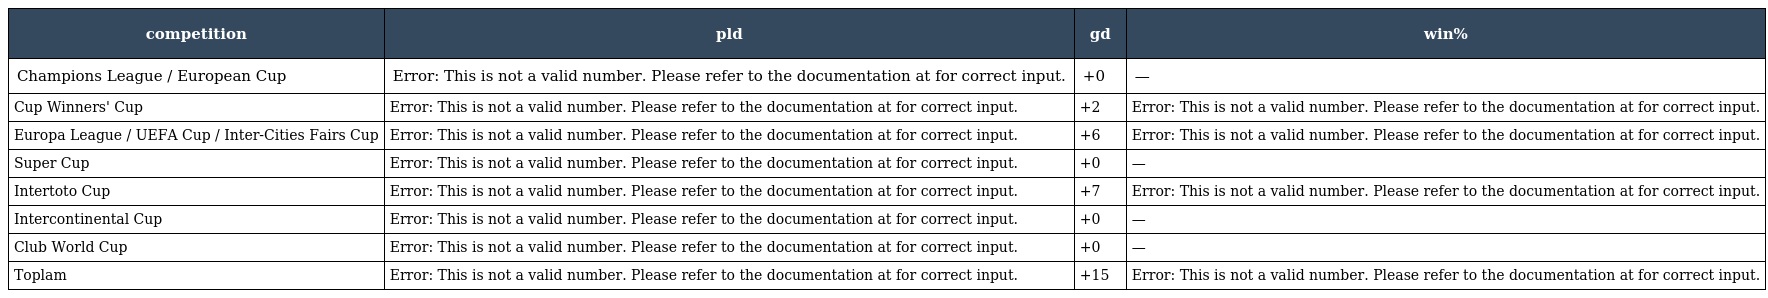
| competition | pld | gd | win% |
 | --- | --- | --- | --- |
 | Champions League / European Cup | Error: This is not a valid number. Please refer to the documentation at for correct input. | +0 | — |
 | Cup Winners' Cup | Error: This is not a valid number. Please refer to the documentation at for correct input. | +2 | Error: This is not a valid number. Please refer to the documentation at for correct input. |
 | Europa League / UEFA Cup / Inter-Cities Fairs Cup | Error: This is not a valid number. Please refer to the documentation at for correct input. | +6 | Error: This is not a valid number. Please refer to the documentation at for correct input. |
 | Super Cup | Error: This is not a valid number. Please refer to the documentation at for correct input. | +0 | — |
 | Intertoto Cup | Error: This is not a valid number. Please refer to the documentation at for correct input. | +7 | Error: This is not a valid number. Please refer to the documentation at for correct input. |
 | Intercontinental Cup | Error: This is not a valid number. Please refer to the documentation at for correct input. | +0 | — |
 | Club World Cup | Error: This is not a valid number. Please refer to the documentation at for correct input. | +0 | — |
 | Toplam | Error: This is not a valid number. Please refer to the documentation at for correct input. | +15 | Error: This is not a valid number. Please refer to the documentation at for correct input. |